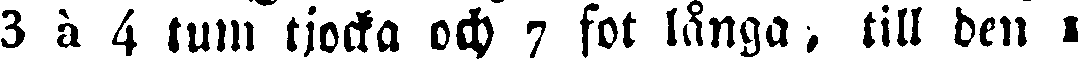
3 à 4 tum tjocka och 7 fot länga, till den